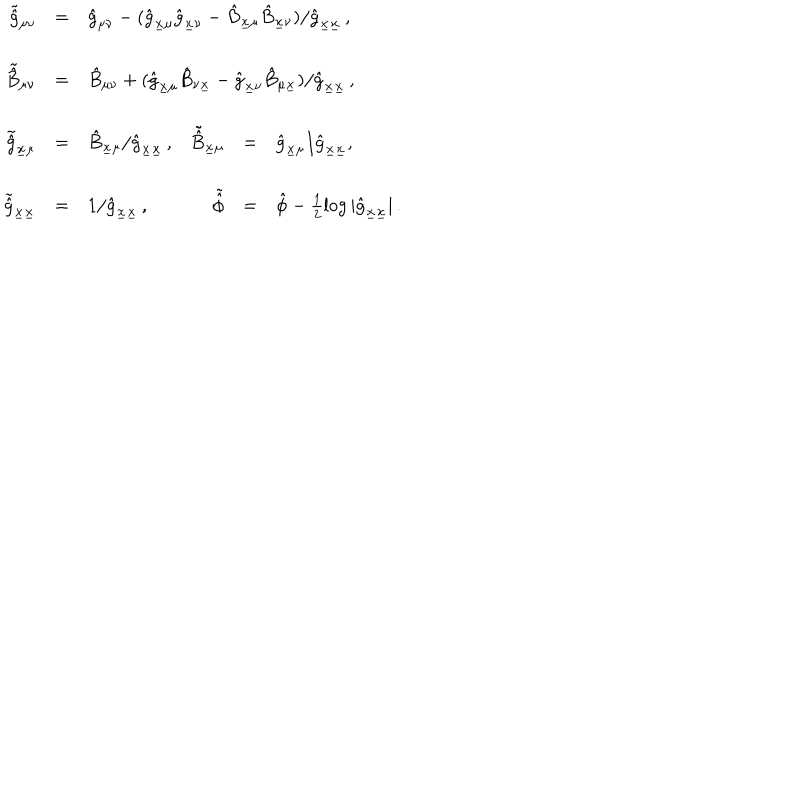
LaTeX: \begin{array} { r c l r c l } { { \tilde { \hat { g } } _ { \mu \nu } } } & { { = } } & { { \hat { g } _ { \mu \nu } - ( \hat { g } _ { \underline { { { x } } } \mu } \hat { g } _ { \underline { { { x } } } \nu } - \hat { B } _ { \underline { { { x } } } \mu } \hat { B } _ { \underline { { { x } } } \nu } ) / \hat { g } _ { \underline { { { x } } } \underline { { { x } } } } \, , \hspace { - 1 c m } } } & { { } } & { { } } & { { } } \\ { { } } & { { } } & { { } } & { { } } & { { } } & { { } } \\ { { \tilde { \hat { B } } _ { \mu \nu } } } & { { = } } & { { \hat { B } _ { \mu \nu } + ( \hat { g } _ { \underline { { { x } } } \mu } \hat { B } _ { \nu \underline { { { x } } } } - \hat { g } _ { \underline { { { x } } } \nu } \hat { B } _ { \mu \underline { { { x } } } } ) / \hat { g } _ { \underline { { { x } } } \underline { { { x } } } } \, , \hspace { - 1 c m } } } & { { } } & { { } } & { { } } \\ { { } } & { { } } & { { } } & { { } } & { { } } & { { } } \\ { { \tilde { \hat { g } } _ { \underline { { { x } } } \mu } } } & { { = } } & { { \hat { B } _ { \underline { { { x } } } \mu } / \hat { g } _ { \underline { { { x } } } \underline { { { x } } } } \, , } } & { { \tilde { \hat { B } } _ { \underline { { { x } } } \mu } } } & { { = } } & { { \hat { g } _ { \underline { { { x } } } \mu } / \hat { g } _ { \underline { { { x } } } \underline { { { x } } } } , } } \\ { { } } & { { } } & { { } } & { { } } & { { } } & { { } } \\ { { \tilde { \hat { g } } _ { \underline { { { x } } } \underline { { { x } } } } } } & { { = } } & { { 1 / \hat { g } _ { \underline { { { x } } } \underline { { { x } } } } \, , } } & { { \tilde { \hat { \phi } } } } & { { = } } & { { \hat { \phi } - \frac { 1 } { 2 } \log | \hat { g } _ { \underline { { { x } } } \underline { { { x } } } } | \, . } } \\ \end{array}